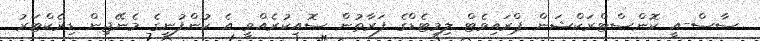
ސާސް-އީ ކޮންސްޓްރަކްޝަން ޕްރައިވެޓް ލިމިޓެޑްގެ ފަރާތުން ސޮއިކުރެއްވީ އެ ކުންފުނީގެ މެނޭޖިން ޑިރެކްޓަރު